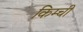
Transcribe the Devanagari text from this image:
किम्ची